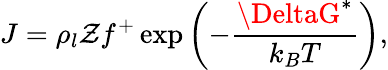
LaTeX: J=\rho_{l}\mathcal{Z}f^{+}\exp\left(-\frac{{\DeltaG^{*}}}{{k_{B}T}}\right),